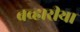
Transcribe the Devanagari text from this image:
बव्हारीया